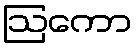
ဩကော